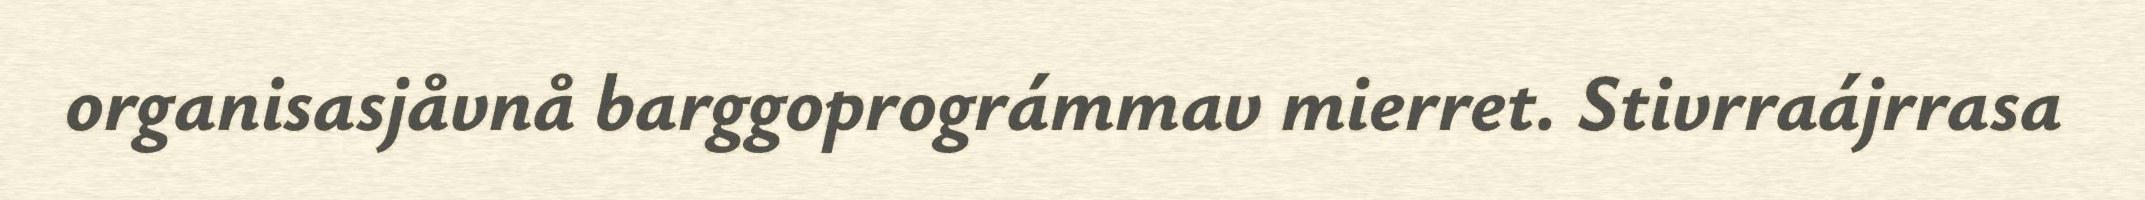
organisasjåvnå barggoprográmmav mierret. Stivrraájrrasa